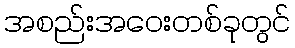
အစည်းအဝေးတစ်ခုတွင်